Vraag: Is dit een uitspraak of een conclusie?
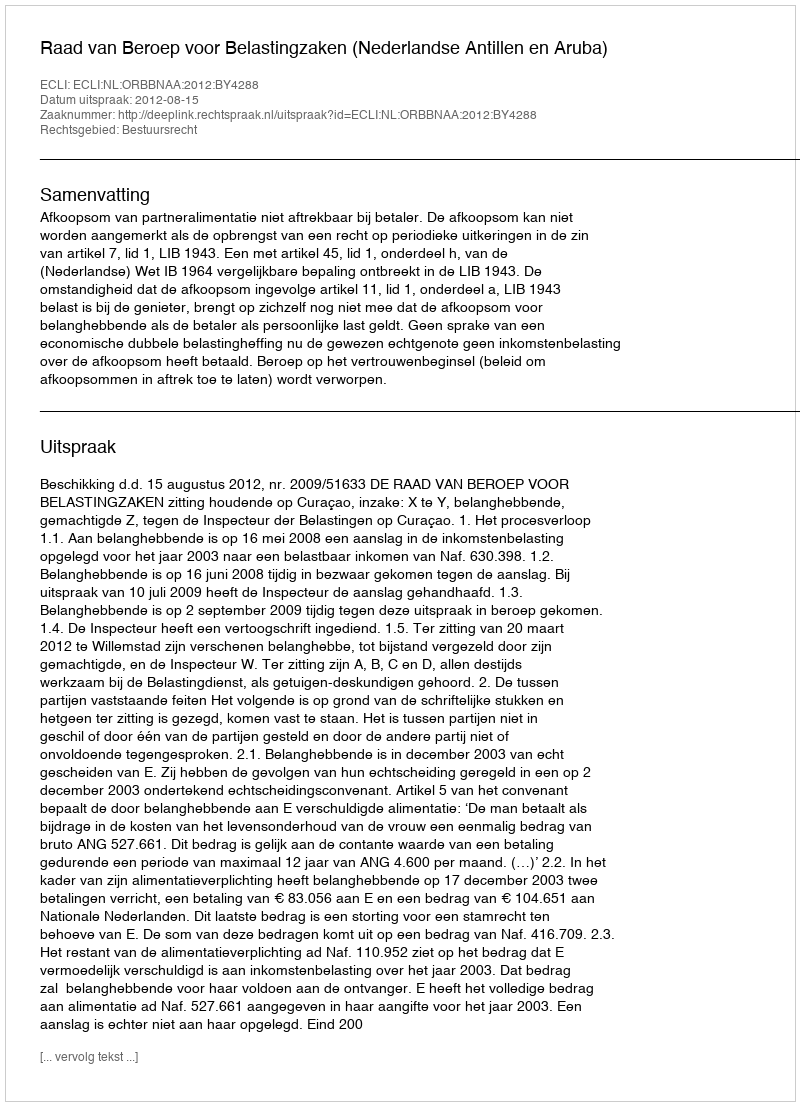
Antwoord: Uitspraak